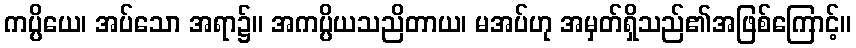
ကပ္ပိယေ၊ အပ်သော အရာ၌။ အကပ္ပိယသညိတာယ၊ မအပ်ဟု အမှတ်ရှိသည်၏အဖြစ်ကြောင့်။